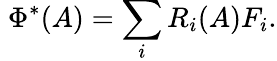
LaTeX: \; \Phi^{*}(A)=\sum_{i}R_{i}(A)F_{i}.